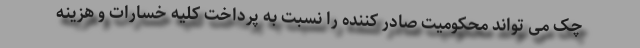
چک می تواند محکومیت صادر کننده را نسبت به پرداخت کلیه خسارات و هزینه